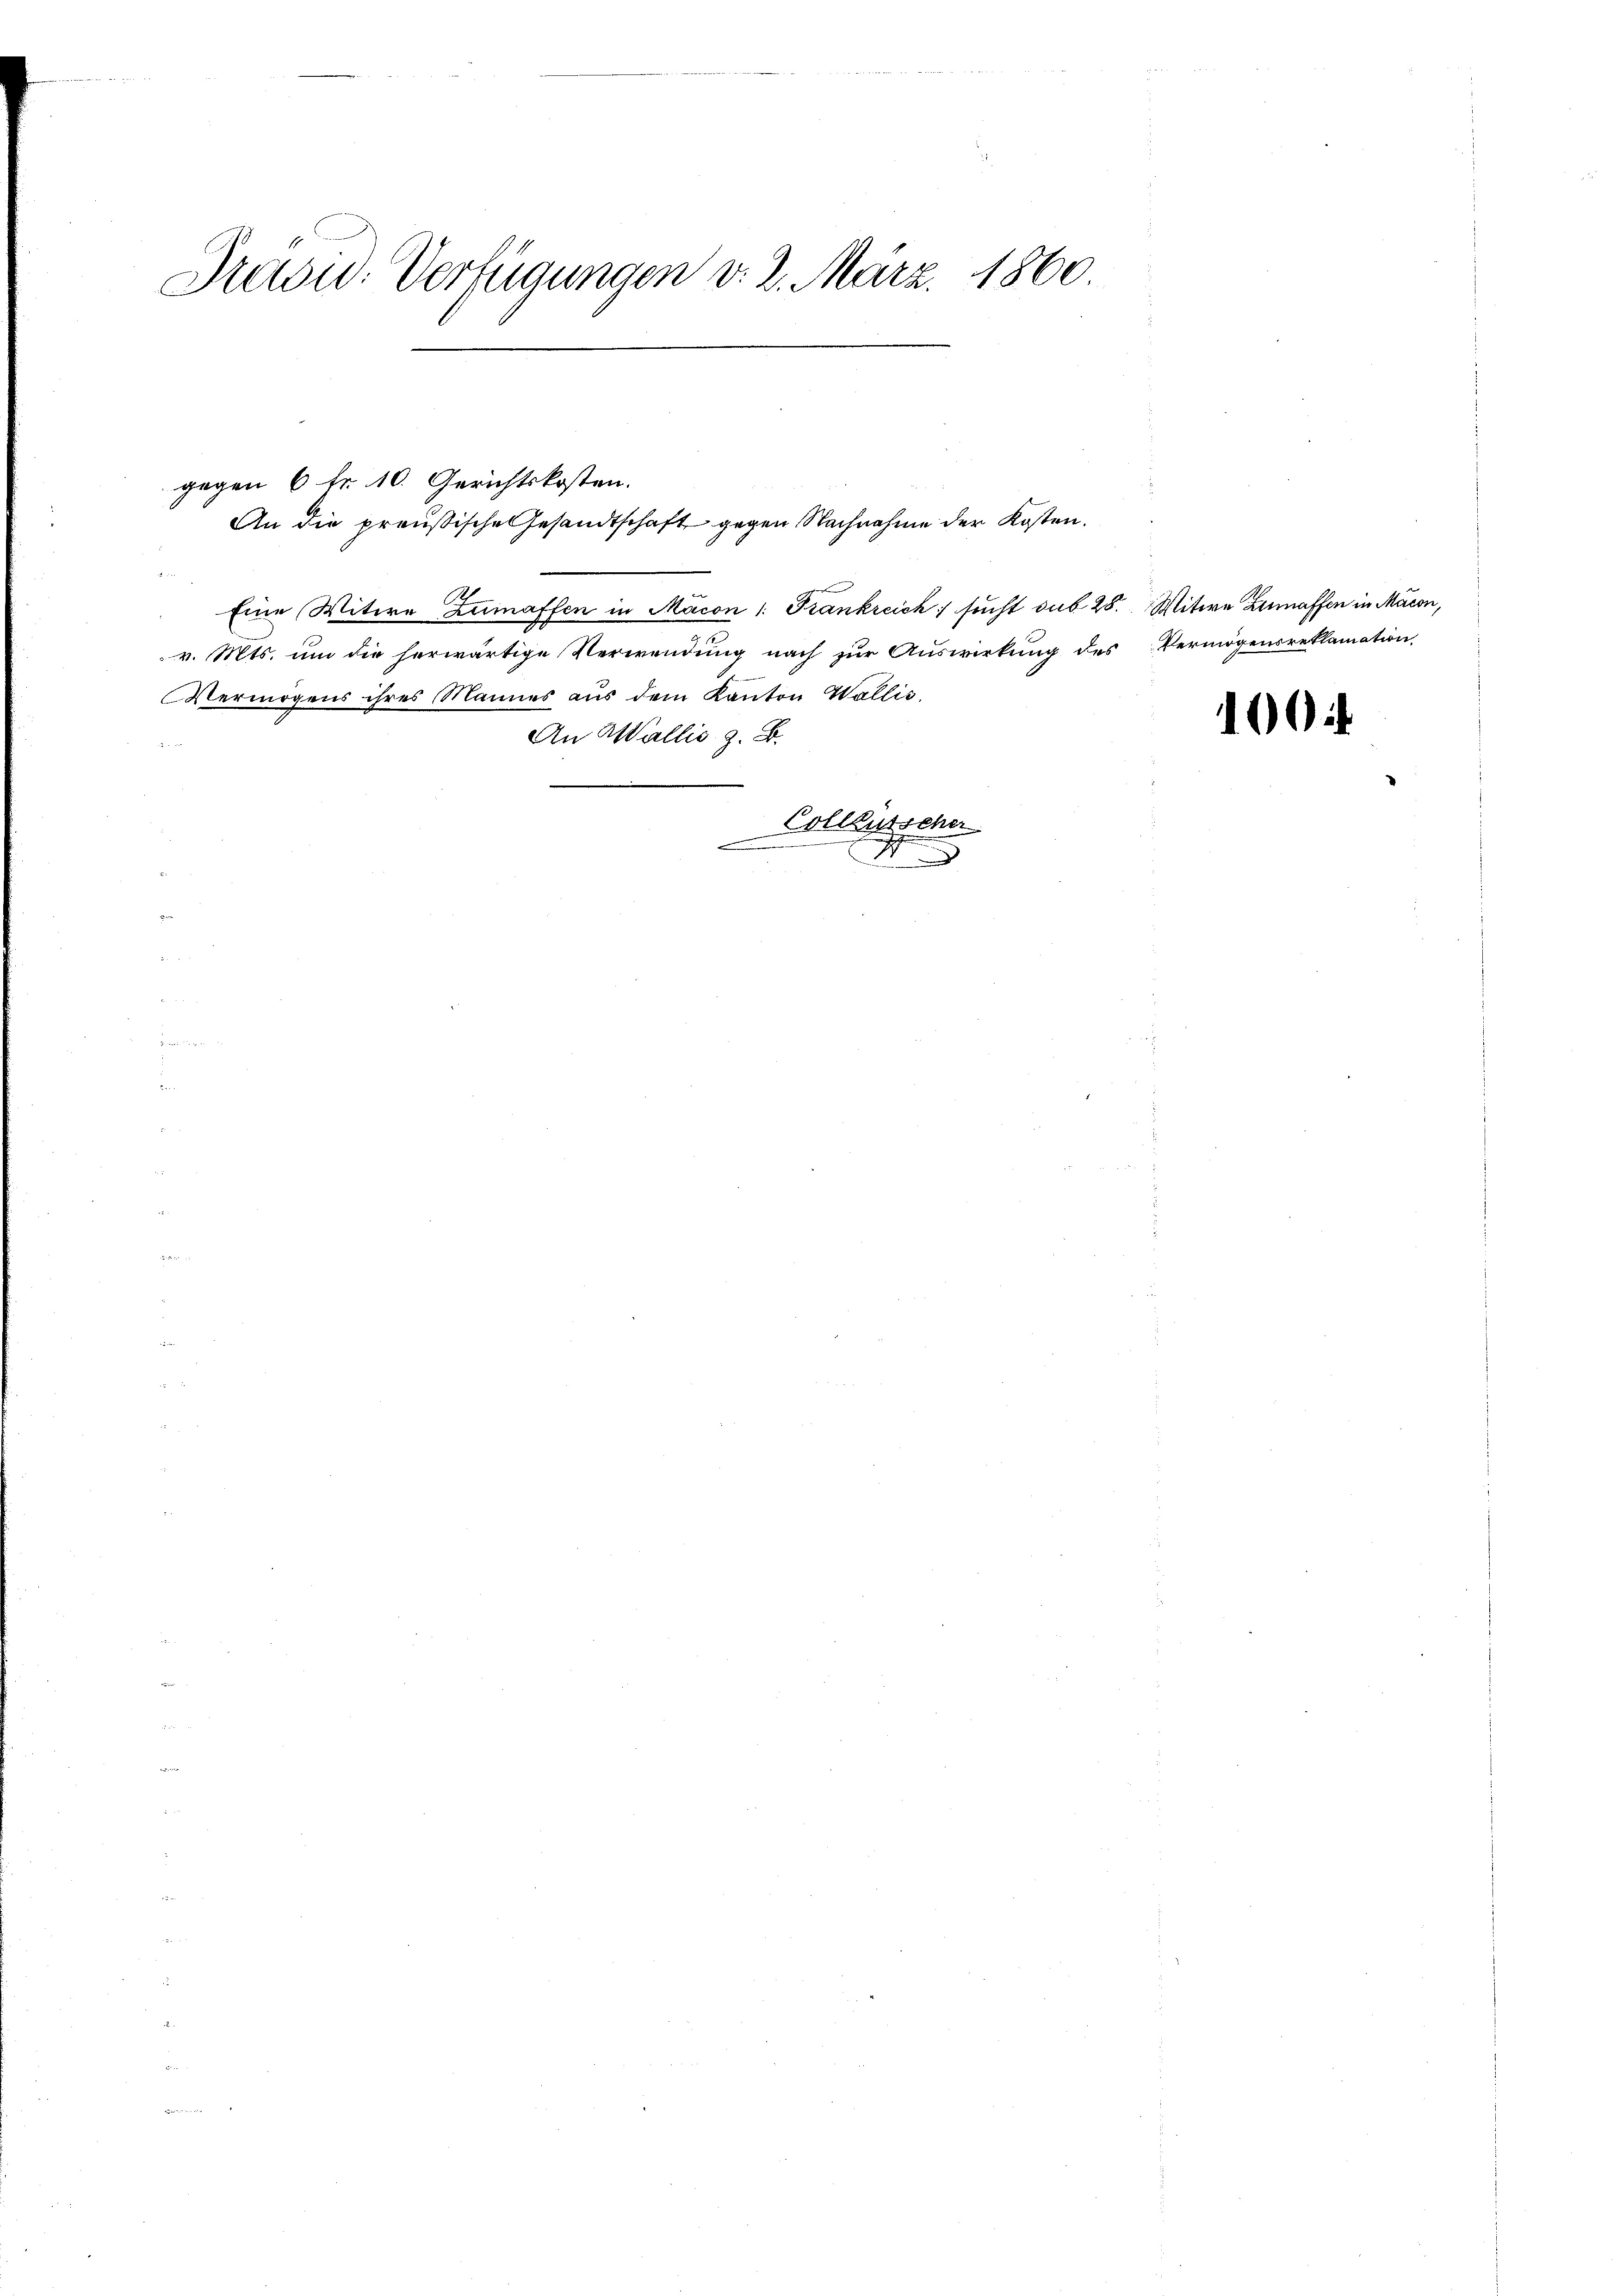
Pasiv-Verfügungen v. 2. März. 1860.

Eine Witwe Zumaffen in Macon 1: Frankreich sucht sub 28. Witwe Zumaffen in Macon,
v. Mts. um die herwärtige Verwendung nach zur Auswirkung des Vermögensreklamation
Vermögens ihres Mannes aŭs dem Kanton Wallis,
An Wallis z. B.

Collausscher
.
4
e
Miner a
.

gegen 6 Fr. 10. Gerichtskosten.

An die preußische Gesandtschaft gegen Nachnahme der Kosten.

100